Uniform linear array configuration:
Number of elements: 16
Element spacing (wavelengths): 0.5
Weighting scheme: cosine
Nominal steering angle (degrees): -30
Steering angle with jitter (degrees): -31.509
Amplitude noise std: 0.05
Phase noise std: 0.05

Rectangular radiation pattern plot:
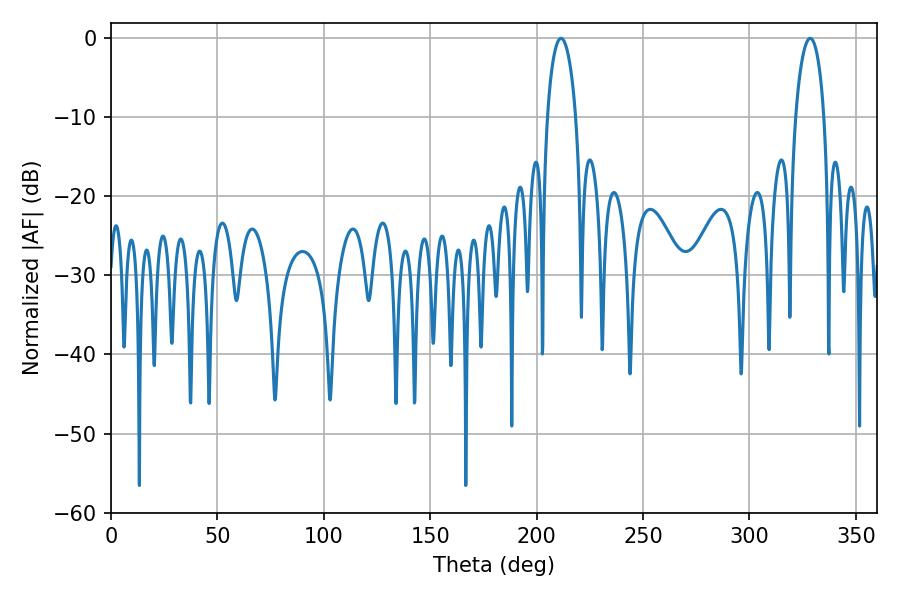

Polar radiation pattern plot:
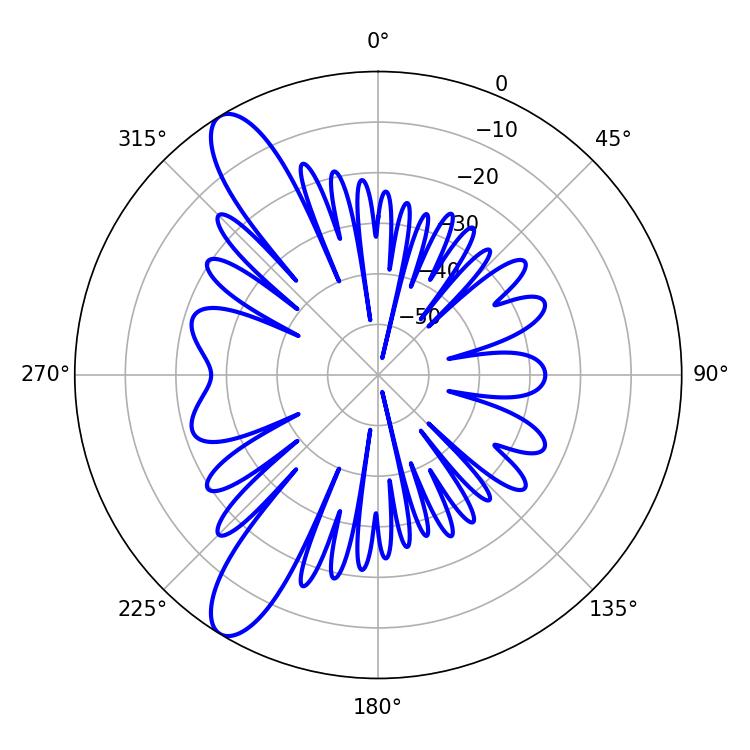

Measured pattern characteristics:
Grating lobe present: FALSE
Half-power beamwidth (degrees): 7.56
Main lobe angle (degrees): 328.5